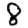
Digit: 8